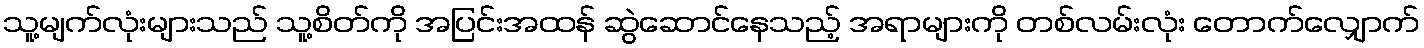
သူ့မျက်လုံးများသည် သူ့စိတ်ကို အပြင်းအထန် ဆွဲဆောင်နေသည့် အရာများကို တစ်လမ်းလုံး တောက်လျှောက်